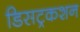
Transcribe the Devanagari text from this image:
डिसट्रकशन